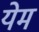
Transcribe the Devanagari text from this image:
येम